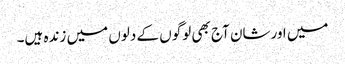
میں اورشان آج بھی لوگوں کے دلوں میں زندہ ہیں۔